Document type: bank_statement
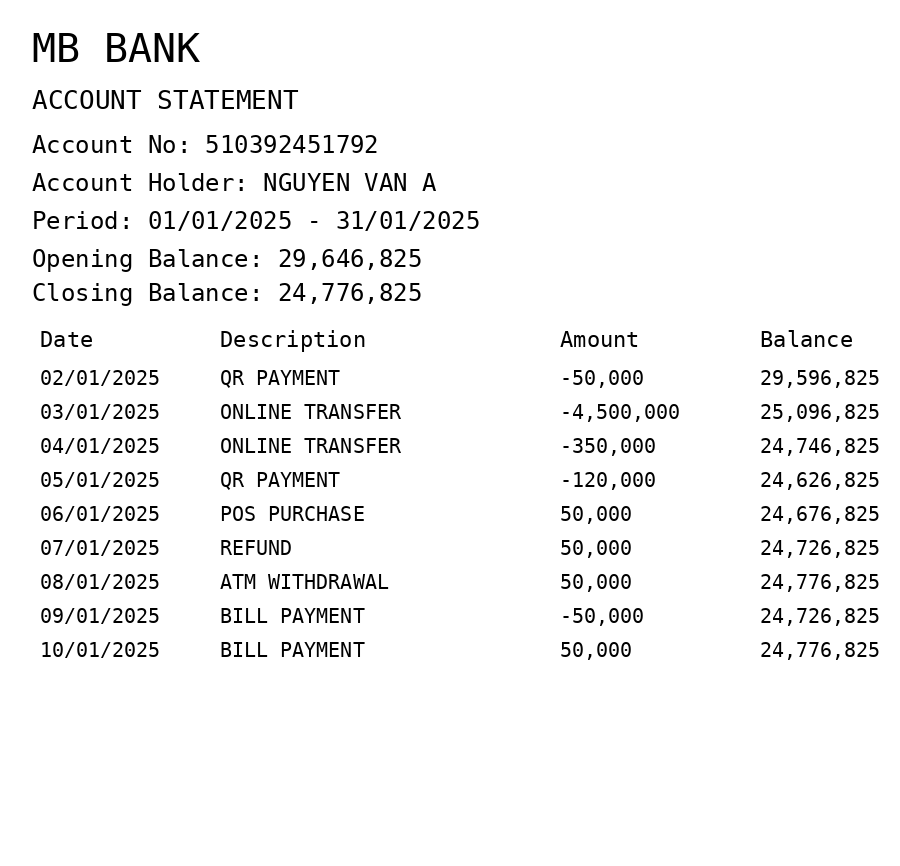
OCR transcript:
MB BANK
ACCOUNT STATEMENT
Account No: 510392451792
Account Holder: NGUYEN VAN A
Period: 01/01/2025 - 31/01/2025
Opening Balance: 29,646,825
Closing Balance: 24,776,825
Date
Description
Amount
Balance
02/01/2025
QR PAYMENT
-50,000
29,596,825
03/01/2025
ONLINE TRANSFER
-4,500,000
25,096,825
04/01/2025
ONLINE TRANSFER
-350,000
24,746,825
05/01/2025
QR PAYMENT
-120,000
24,626,825
06/01/2025
POS PURCHASE
50,000
24,676,825
07/01/2025
REFUND
50,000
24,726,825
08/01/2025
ATM WITHDRAWAL
50,000
24,776,825
09/01/2025
BILL PAYMENT
-50,000
24,726,825
10/01/2025
BILL PAYMENT
50,000
24,776,825
Extracted fields:
bank_name: mb bank
account_number: 510392451792
account_holder: nguyen van a
statement_period: 01/01/2025 - 31/01/2025
opening_balance: 29646825
closing_balance: 24776825
transactions: date: 2025-01-02
description: qr payment
amount: -50000
balance: 29596825
date: 2025-01-03
description: online transfer
amount: -4500000
balance: 25096825
date: 2025-01-04
description: online transfer
amount: -350000
balance: 24746825
date: 2025-01-05
description: qr payment
amount: -120000
balance: 24626825
date: 2025-01-06
description: pos purchase
amount: 50000
balance: 24676825
date: 2025-01-07
description: refund
amount: 50000
balance: 24726825
date: 2025-01-08
description: atm withdrawal
amount: 50000
balance: 24776825
date: 2025-01-09
description: bill payment
amount: -50000
balance: 24726825
date: 2025-01-10
description: bill payment
amount: 50000
balance: 24776825